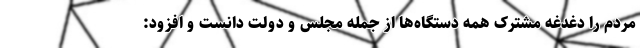
مردم را دغدغه مشترک همه دستگاه‌ها از جمله مجلس و دولت دانست و افزود: